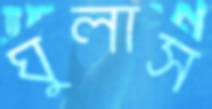
ঘুলাস